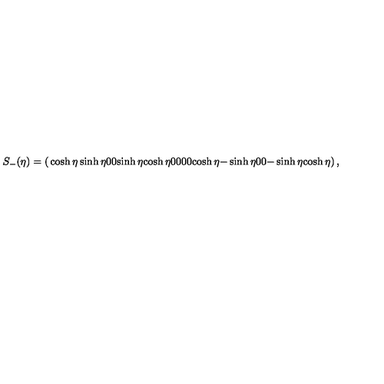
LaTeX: S _ { - } ( \eta ) = \left( \begin{matrix} { \cosh \eta } & { \sinh \eta } & { 0 } & { 0 } \\ { \sinh \eta } & { \cosh \eta } & { 0 } & { 0 } \\ { 0 } & { 0 } & { \cosh \eta } & { - \sinh \eta } \\ { 0 } & { 0 } & { - \sinh \eta } & { \cosh \eta } \\ \end{matrix} \right) ,